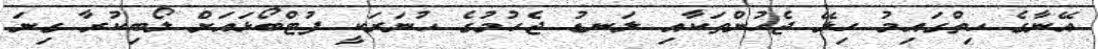
އޭނާގެ ހިތްގައިމު ހިލޭ ޖެހުންތަކާއި ލަނޑު ޖެހުމުގެ ހުނަރަކީ ފުޓްބޯޅައަށް ލޯބިކުރާ ގިނަ